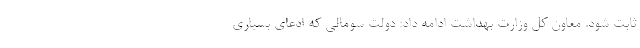
ثابت شود. معاون کل وزارت بهداشت ادامه داد: دولت سومالی که ادعای بسیاری